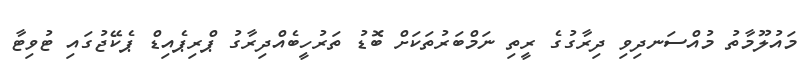
މައުލޫމާތު މުއްސަނދިވި ދިރާގުގެ ރީތި ނަމްބަރުތަކަށް ބޮޑު ތަރުހީބެއްދިރާގު ޕްރިޕެއިޑް ޕެކޭޖުގައި ޓުވިޓާ